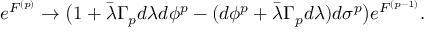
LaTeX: e ^ { { \cal F } ^ { ( p ) } } \rightarrow \big ( 1 + \bar { \lambda } \Gamma _ { p } d \lambda d \phi ^ { p } - ( d \phi ^ { p } + \bar { \lambda } \Gamma _ { p } d \lambda ) d \sigma ^ { p } \big ) e ^ { { \cal F } ^ { ( p - 1 ) } } .